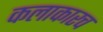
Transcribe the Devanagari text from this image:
कलाकारच